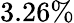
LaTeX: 3.26\%